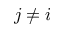
j \neq i